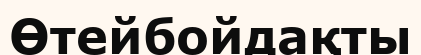
Өтейбойдақты